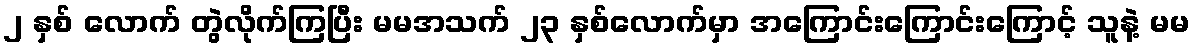
၂ နှစ် လောက် တွဲလိုက်ကြပြီး မမအသက် ၂၃ နှစ်လောက်မှာ အကြောင်းကြောင်းကြောင့် သူနဲ့ မမ